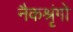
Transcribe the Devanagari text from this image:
नैकश्रृंगो